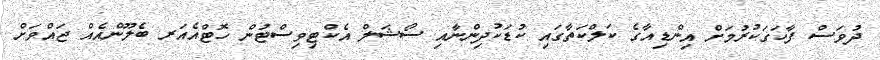
ދުވަސް ފާހަގަކުރުމަށް އިންޑިއާގެ ކަލްކަތާގައި ކުޑަކުދިންނާއި ސޯޝަލް އެކްޓިވިސްޓުން ހޮޓްއެއަރ ބެލޫންއެއް ޖައްވަށް